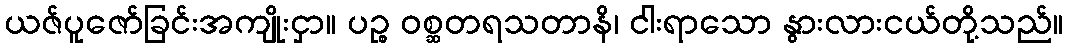
ယဇ်ပူဇော်ခြင်းအကျိုးငှာ။ ပဉ္စ ဝစ္ဆတရသတာနိ၊ ငါးရာသော နွားလားငယ်တို့သည်။